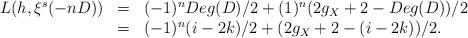
LaTeX: \begin{align*}\begin{array}{lcl}L(h,\xi^{s}(-nD))&=&(-1)^{n}Deg(D)/2+(1)^n(2g_{X}+2-Deg(D))/2\\ &=&(-1)^{n}(i-2k)/2+ (2g_{X}+2-(i-2k))/2. \end{array} \end{align*}